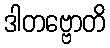
ဒါတဗ္ဗောတိ